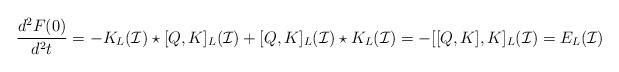
LaTeX: \begin{align*}\frac{d^2F(0)}{d^2t}=-K_L(\mathcal{I})\star[Q,K]_L(\mathcal{I})+[Q,K]_L(\mathcal{I})\star K_L(\mathcal{I})=-[[Q,K],K]_L(\mathcal{I})=E_L(\mathcal{I})\end{align*}